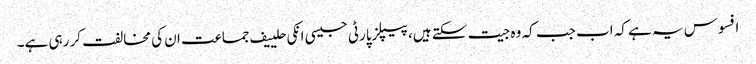
افسوس یہ ہے کہ اب جب کہ وہ جیت سکتے ہیں، پیپلزپارٹی جیسی انکی حلییف جماعت ان کی مخالفت کر رہی ہے۔